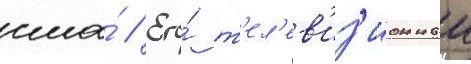
сша́ // Его́ т'ел'ев'из'ионныи